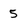
Character: 5